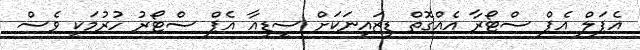
އެޕަލް އެޕް ސްޓޯރާ އެއްގޮތް ޑިޒައިނަކަށް ސީޑިއާ އެޕް ސްޓޯރު ހުރުމަކީ ވެސް